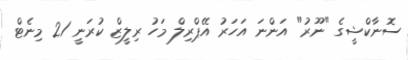
ސޮނާކްޝީގެ "ނޫރު" އަންނަ އަހަރު އޭޕްރިލް މަހު ރިލީޒް ކުރަނީ 21 މިނެޓް